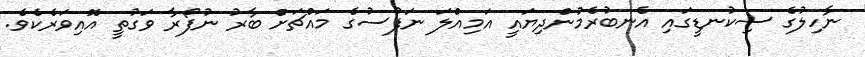
ނާހިލުގެ ސިކުނޑީގައި އެނބުރެމުންދިޔައީ އަމިއްލަ ނަފުސުގެ މައްޗަށް ބާރު ނުފޯރާ ވަގުތީ އޮއިވަރެކެވެ.